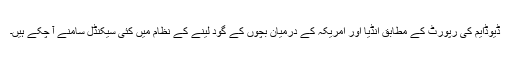
ڈیوڈایم کی رپورٹ کے مطابق انڈیا اور امریکہ کے درمیان بچوں کے گود لینے کے نظام میں کئی سیکنڈل سامنے آ چکے ہیں۔